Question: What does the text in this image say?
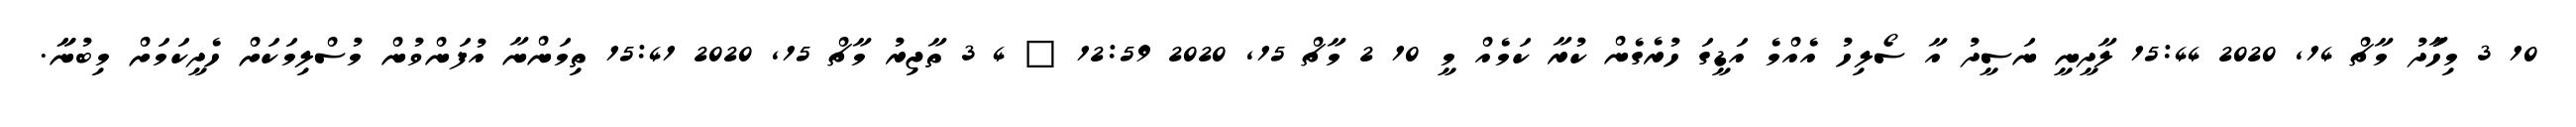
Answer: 10 3 މިހަަާދު މާޗް 14, 2020 15:44 ލާދީނީ ނަސީދު އާ ސޯލިހު އެއްމެ އަޑީގަ ހުރެގެން ކުރާ ކަމެއް މީ 10 2 މާޗް 15, 2020 12:59 ? 4 3 ތާޖިރު މާޗް 15, 2020 15:41 ތިމަންނާ އުފަންވުން މުސްލިމަކަށް ހެދީކަމަށް މިބުނާާ.